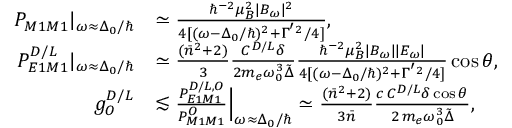
\begin{array} { r l } { P _ { M 1 M 1 } | _ { \omega \approx \Delta _ { 0 } / \hbar } } & { \simeq \frac { \hbar ^ { - 2 } \mu _ { B } ^ { 2 } | B _ { \omega } | ^ { 2 } } { 4 [ ( \omega - \Delta _ { 0 } / \hbar ) ^ { 2 } + \Gamma ^ { ^ { \prime } 2 } / 4 ] } , } \\ { P _ { E 1 M 1 } ^ { D / L } | _ { \omega \approx \Delta _ { 0 } / \hbar } } & { \simeq \frac { ( \bar { n } ^ { 2 } + 2 ) } { 3 } \frac { C ^ { D / L } \delta } { 2 m _ { e } \omega _ { 0 } ^ { 3 } \tilde { \Delta } } \frac { \hbar ^ { - 2 } \mu _ { B } ^ { 2 } | B _ { \omega } | | E _ { \omega } | } { 4 [ ( \omega - \Delta _ { 0 } / \hbar ) ^ { 2 } + \Gamma ^ { ^ { \prime } 2 } / 4 ] } \cos { \theta } , } \\ { g _ { O } ^ { D / L } } & { \lesssim \frac { P _ { E 1 M 1 } ^ { D / L , O } } { P _ { M 1 M 1 } ^ { O } } \Bigr | _ { \omega \approx \Delta _ { 0 } / \hbar } \simeq \frac { ( \bar { n } ^ { 2 } + 2 ) } { 3 \bar { n } } \frac { c \, C ^ { D / L } \delta \cos { \theta } } { 2 \, m _ { e } \omega _ { 0 } ^ { 3 } \tilde { \Delta } } , } \end{array}